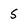
Character: 5